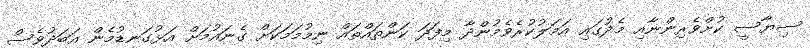
ސިޔާސީ ކުށްވެރިންނާއި މެދުގައި އަމަލުކުރެވެމުންދާ މިފަދަ ކަންތައްތައް ނިމުމަމަކަށް ގެނައުމަށް އަޅުގަނޑުމެން އަބަދުވެސް